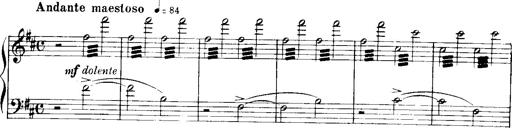
Title: Historische ungarische Bildnisse
Composer: Franz Liszt